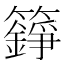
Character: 𮆸